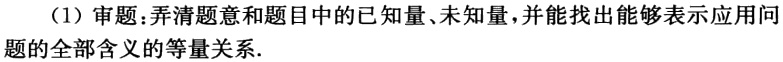
（1）审题：弄清题意和题目中的已知量、未知量，并能找出能够表示应用问题的全部含义的等量关系.